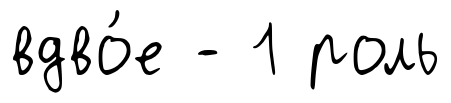
вдво́е - 1 роль